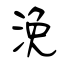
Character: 浼